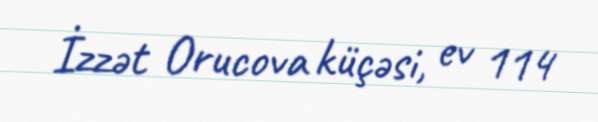
İzzət Orucova küçəsi, ev 114